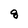
Character: 8